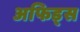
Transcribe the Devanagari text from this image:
अफिड्स